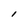
Character: I